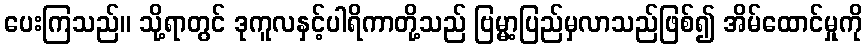
ပေးကြသည်။ သို့ရာတွင် ဒုကူလနှင့်ပါရိကာတို့သည် ဗြမ္မာ့ပြည်မှလာသည်ဖြစ်၍ အိမ်ထောင်မှုကို